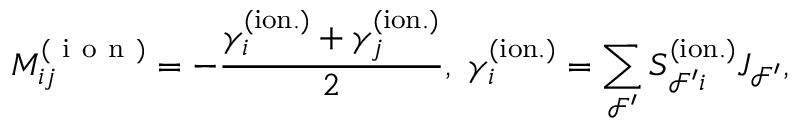
M _ { i j } ^ { ( \mathrm { ~ i ~ o ~ n ~ } ) } = - \frac { \gamma _ { i } ^ { \mathrm { ( i o n . ) } } + \gamma _ { j } ^ { \mathrm { ( i o n . ) } } } { 2 } , \ \gamma _ { i } ^ { \mathrm { ( i o n . ) } } = \sum _ { \mathcal { F } ^ { \prime } } S _ { \mathcal { F } ^ { \prime } i } ^ { ( \mathrm { i o n . } ) } J _ { \mathcal { F } ^ { \prime } } ,